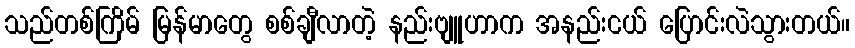
သည်တစ်ကြိမ် မြန်မာတွေ စစ်ချီလာတဲ့ နည်းဗျူဟာက အနည်းငယ် ပြောင်းလဲသွားတယ်။